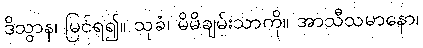
ဒိသွာန၊ မြင်ရ၍။ သုခံ၊ မိမိချမ်းသာကို။ အာသီသမာနော၊